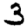
Digit: 3